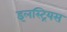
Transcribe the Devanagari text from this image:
इलस्ट्रियस